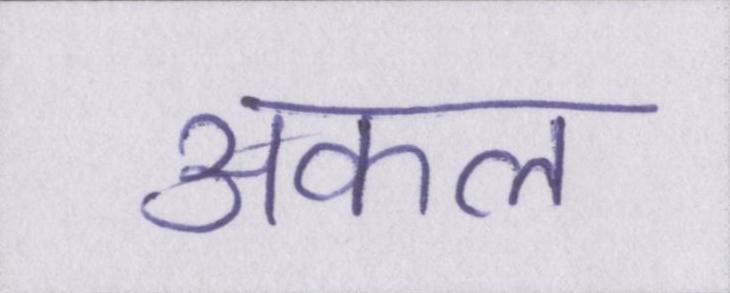
अकल